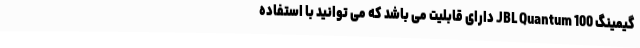
گیمینگ JBL Quantum 100 دارای قابلیت می باشد که می توانید با استفاده